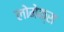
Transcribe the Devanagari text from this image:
लोमेक्स